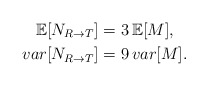
\begin{align*}\mathbb{E}[N_{R\to T}]&= 3 \, \mathbb{E}[M],\\var[N_{R\to T}]&=9 \, var[M].\end{align*}